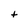
Character: t